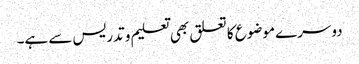
دوسرے موضوع کا تعلق بھی تعلیم و تدریس سے ہے۔